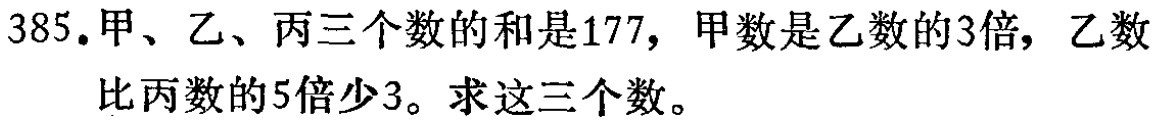
385.甲、乙、丙三个数的和是177，甲数是乙数的3倍，乙数比丙数的5倍少3。求这三个数。